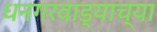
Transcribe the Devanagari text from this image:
धनगरवाड्याच्या